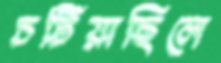
চটিয়াছিলে